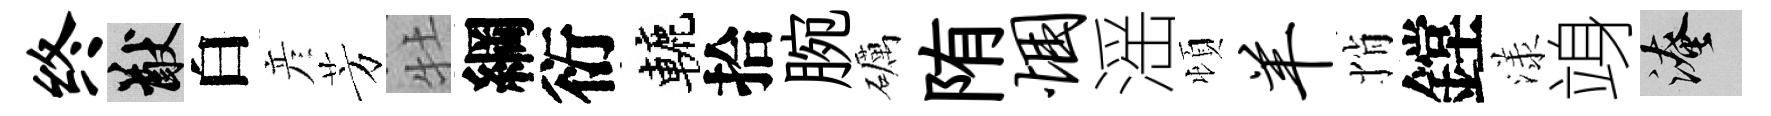
终猷白彦芳牡綱衍轆拾腕礪陏悃滛頓羊悄鏜漾竧淹